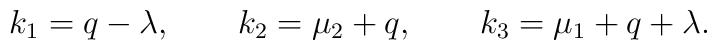
k_1 = q - \lambda, \qquad k_2 = \mu_2 + q, \qquad k_3 = \mu_1 + q + \lambda.